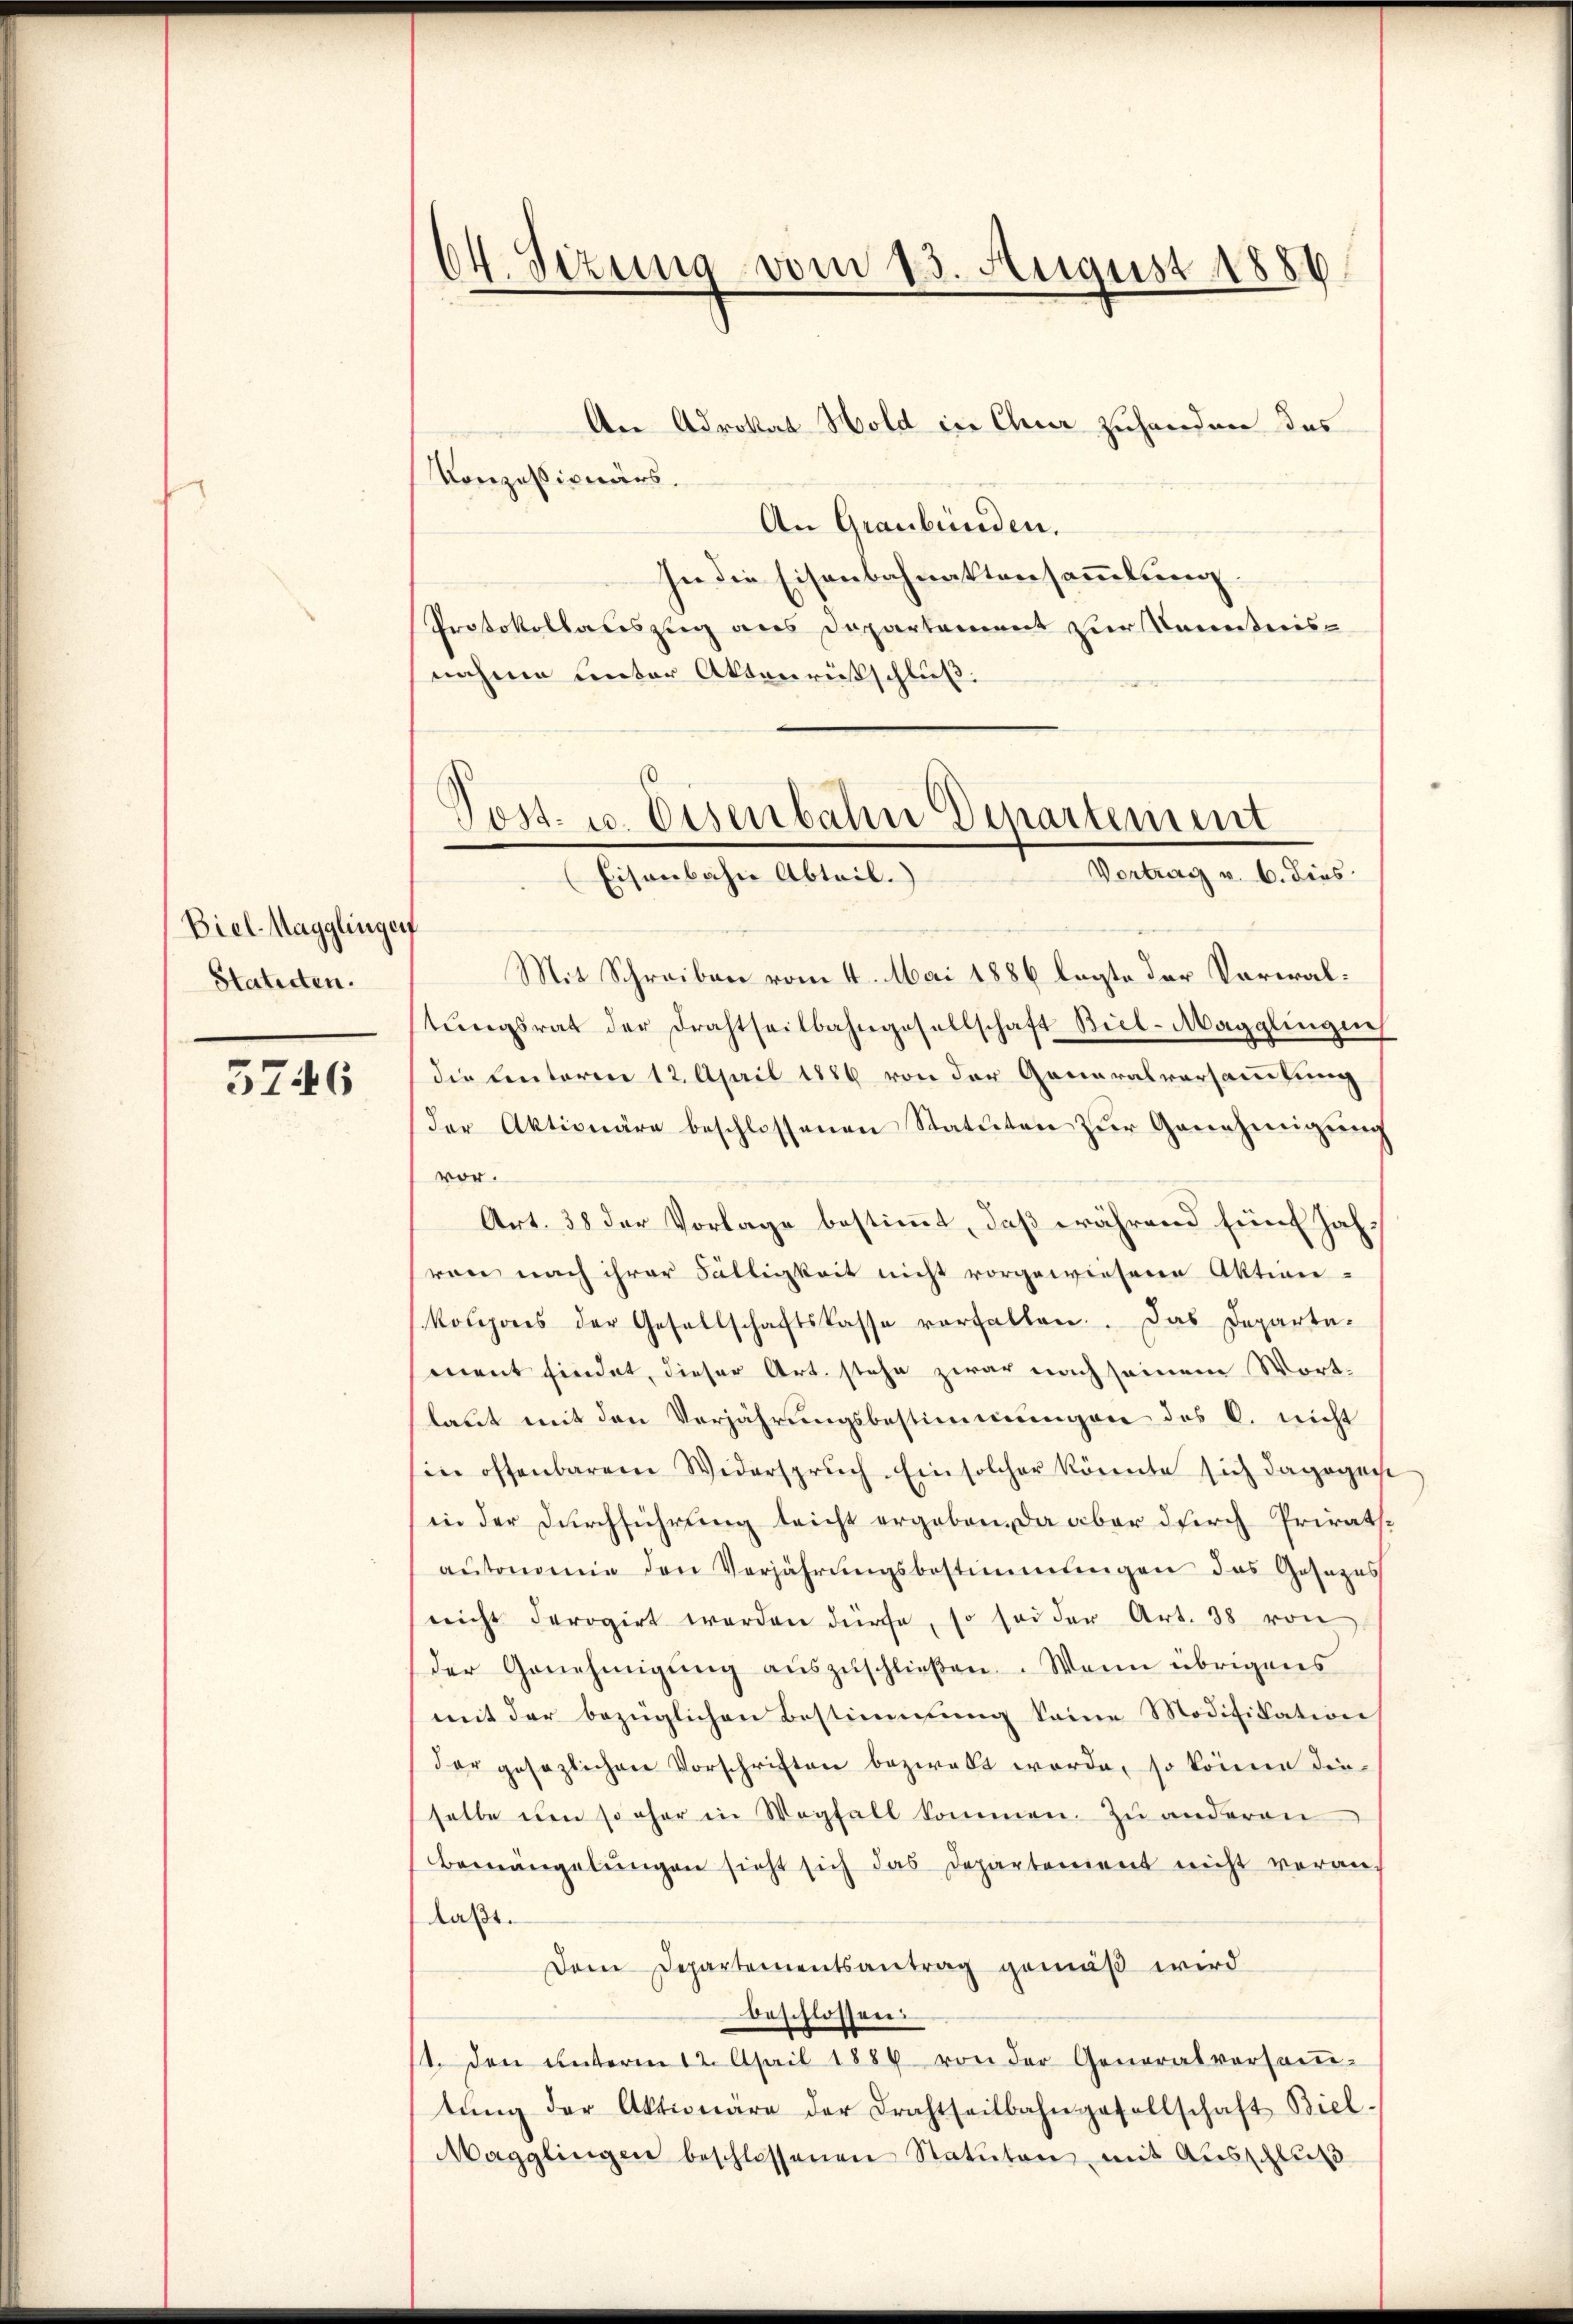
Biel Magglinger
Statirten.

3746

64. Sizung vom 13. August 1888

An Advokat Hold in Chur zuhanden des
Konzessionärs.
An Graubünden.
In die Eisenbahnaktensammlung
Protokollauszug aus Departement zur Kenntnisnahme unter Aktenrütschluß.

d
Post- u. Eisenbahn Departement
Vortrag v. 6. dies
Eisenbahn Abteil.

Mit Schreiben vom 4. Mai 1886 legte der Vorwaltŭngsrat der Drahtseitbahngesellschaft Biel-Magglingen
die Centoren 12. April 1886 von der Generalversammlung
der Aktionäre beschlossenen Statuten zŭr Genehmigŭng
vor.
Art. 38 der Vorlage bestimmt, daß während fünf Jahvon nach ihrer Fälligkeit nicht vorgewiesene Aktien-
koupons der Gesellschaftskasse vorfallen. Das Departa-
ment findet, dieser Art. stehe zwar nach seinem Wortlaut mit den Verjährungsbestimmungen des C. nicht
in offenbarem Widerspruch. Ein solcher könnte sich dagegen
(in der Durchführung leicht ergeben, da aber durch Priratsaŭtonomie den Verjährŭngsbestimmungen das Gesezes
nicht derogirt werden dürfe, so sei der Art. 38 von
der Genehmigŭng aŭszŭschließen. Wenn übrigens
mit der bezüglichen Bestimmung keine Modifikation
der gesezlichen Vorschriften bezwekt werde, so könne die
selbe den so eher in Wegfall kommen. Zu anderen
Bemängelŭngen sieht sich das Departement nicht vorauf
laßt.
Dem Departementsantrag gemäß wird
beschlossen:
1. Den ŭnterm 12. April 1884 von der Generalversaṁ-
tŭng der Aktionäre der Brachtheilbahngesellschaft Biel.
Magglingen beschlossenen Statuten mit Ausschluß